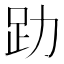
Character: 𧾼